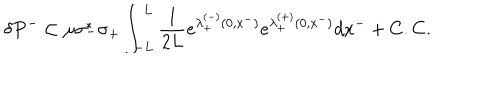
\delta P ^ { - } \subset \mu \sigma _ { - } ^ { * } \sigma _ { + } \int _ { - L } ^ { L } { \frac { 1 } { 2 L } } e ^ { \lambda _ { + } ^ { ( - ) } ( 0 , x ^ { - } ) } e ^ { \lambda _ { + } ^ { ( + ) } ( 0 , x ^ { - } ) } d x ^ { - } + C . C .